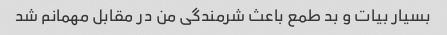
بسیار بیات و بد طمع باعث شرمندگی من در مقابل مهمانم شد